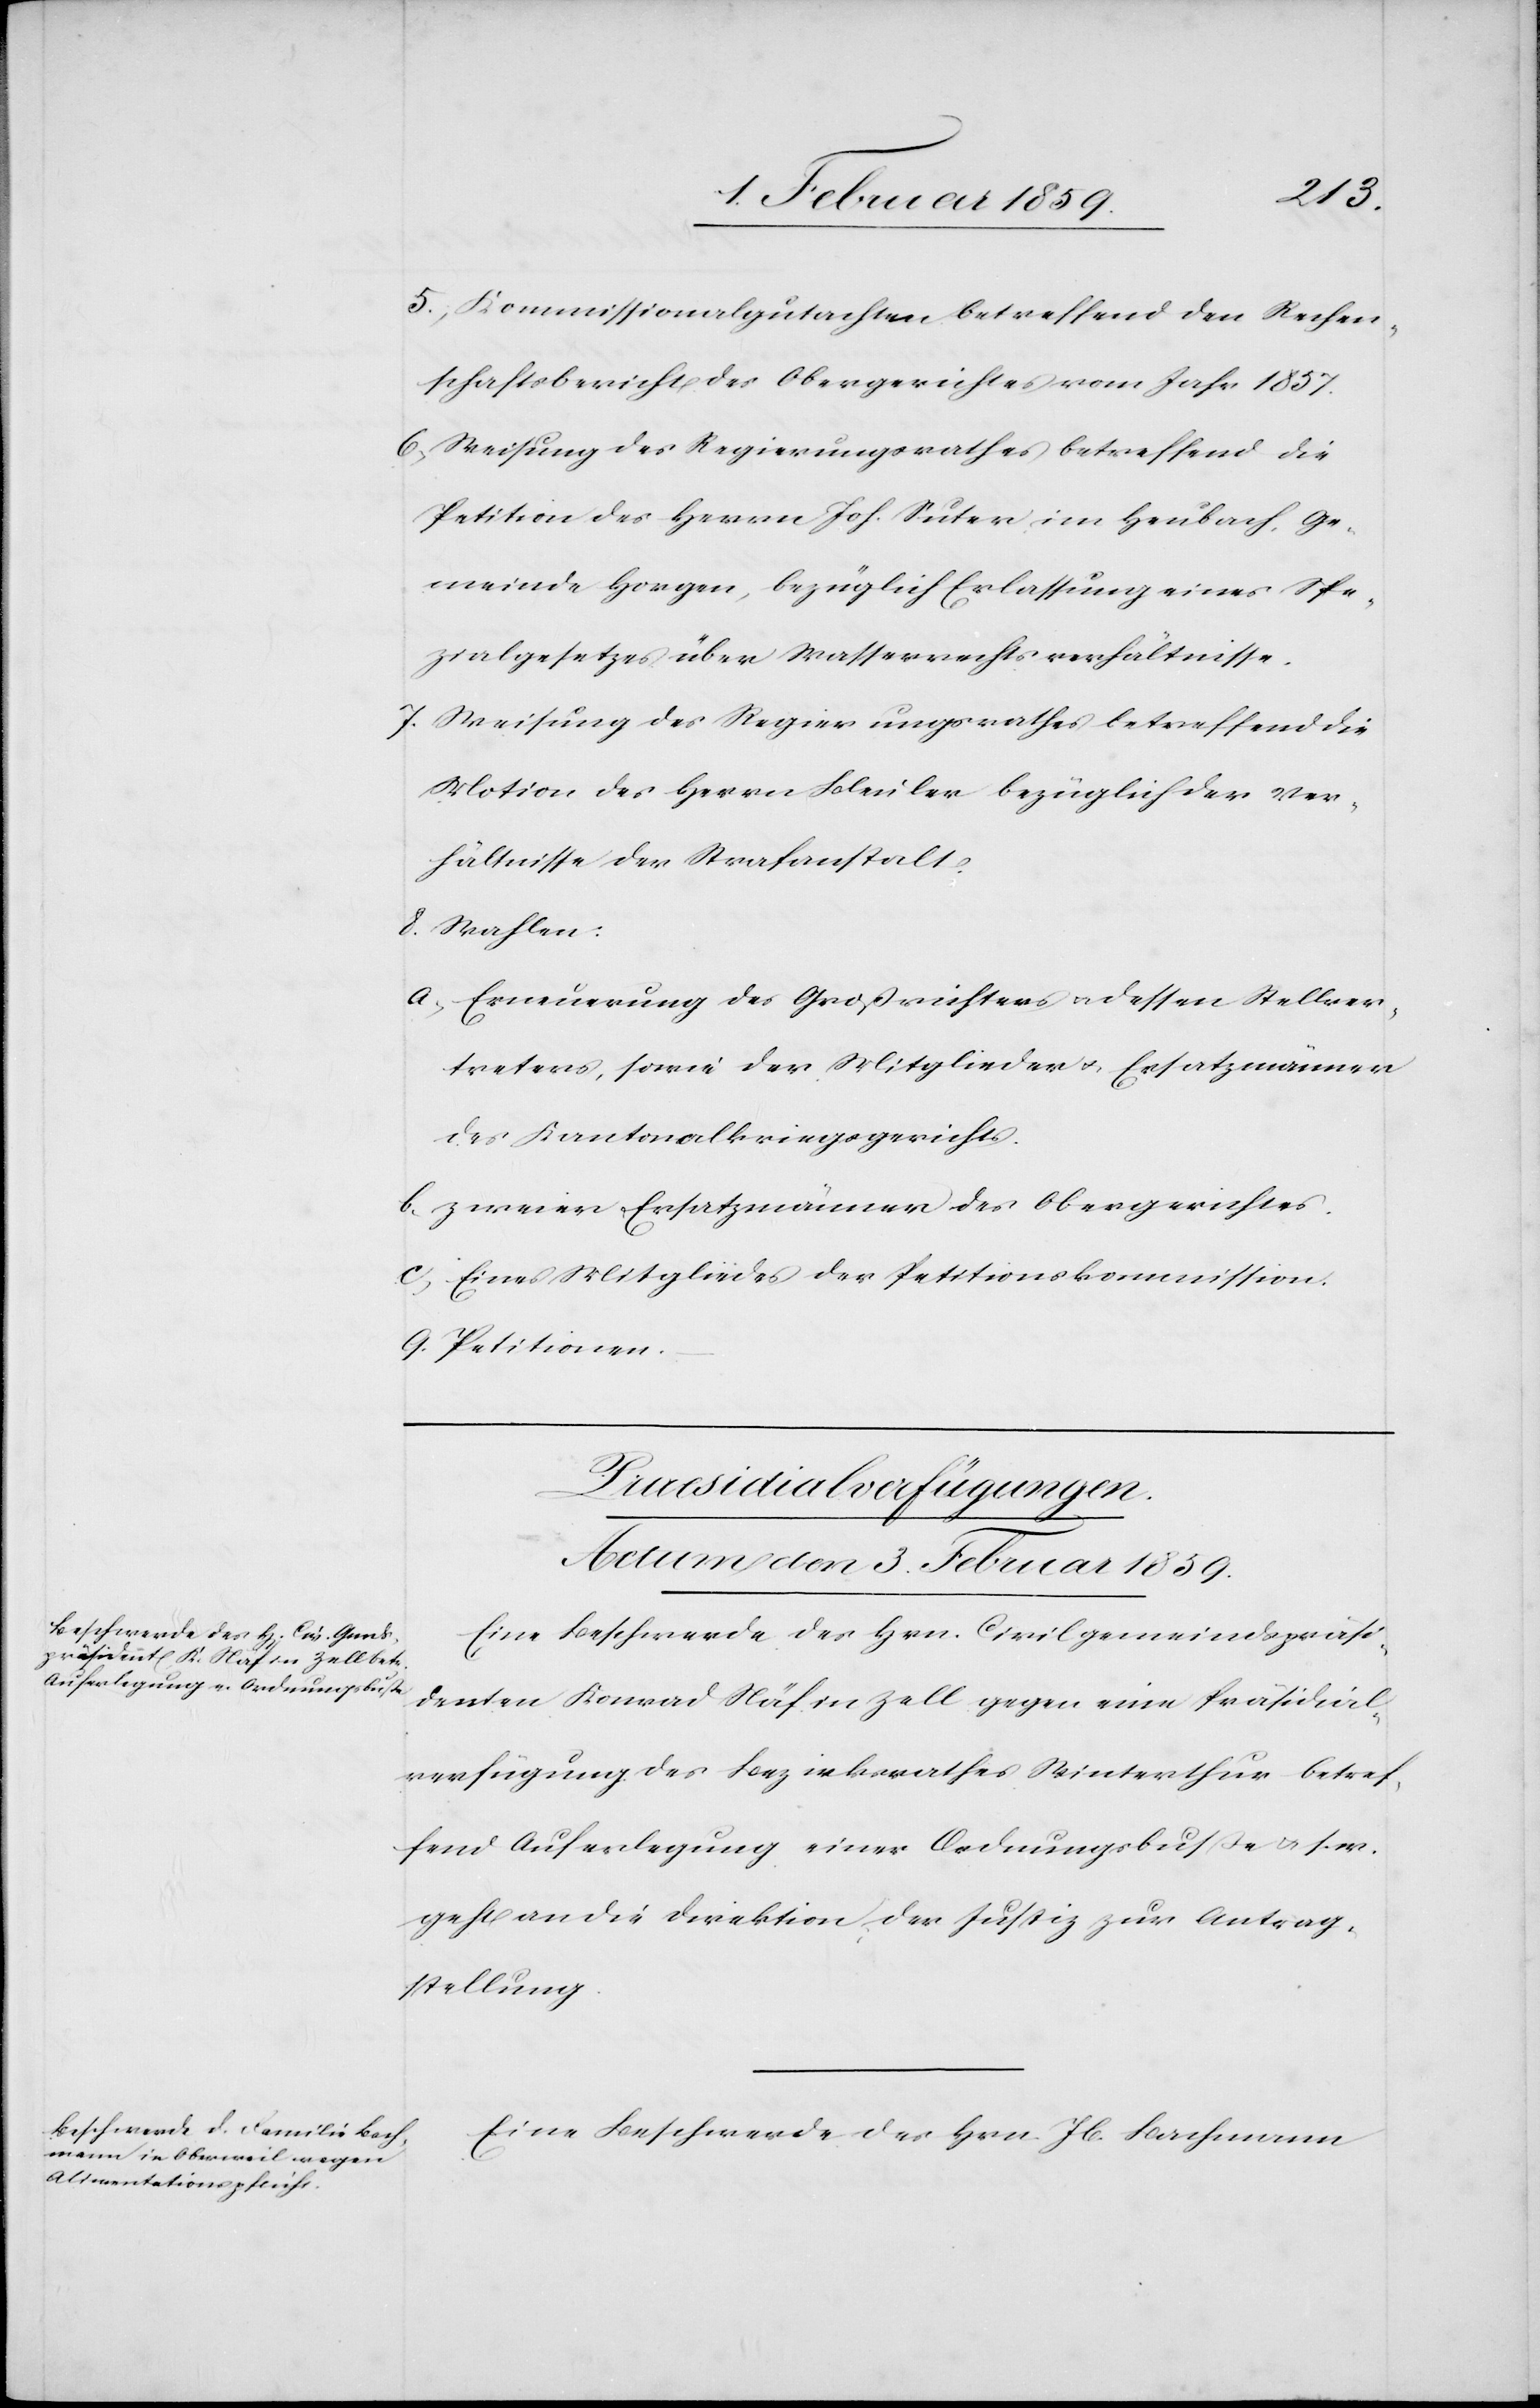
Stellver¬
5, Kommissionalgutachten betreffend den Rechen¬
schaftsbericht des Obergerichtes vom Jahr 1857.
6, Weisung des Regierungsrathes betreffend die
Petition des Herrn Joh. Suter im Heubach, Ge¬
meinde Horgen, bezüglich Erlassung eines Spe¬
zialgesetzes über Wasserrechtsverhältnisse.
8. Wahlen:
a, Erneuerung des Großrichters u. dessen Stellver¬
treters, sowie der Mitglieder u. Ersatzmänner
des Kantonalkriegsgerichts.
b, zweier Ersatzmänner des Obergerichtes.
c, Eines Mitgliedes der Petitionskommission.
9. Petitionen.
[Praesidialverfügungen.
Actum den 3. Februar 1859.]
Eine Beschwerde des Hrn. Civilgemeindepräsi¬
denten Konrad Näf in Zell gegen eine Präsidial¬
verfügung des Bezirksrathes Winterthur betref¬
fend Auferlegung einer Ordnungsbuße u. s. w.
geht an die Direktion der Justiz zur Antrag¬
stellung.
Eine Beschwerde des Hrn. Jb. Bachmann